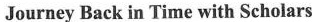
Journey Back in Time with Scholars